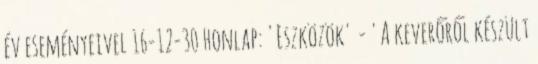
év eseményeivel 16-12-30 Honlap: 'Eszközök' - 'A keverőről készült